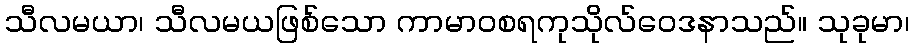
သီလမယာ၊ သီလမယဖြစ်သော ကာမာဝစရကုသိုလ်ဝေဒနာသည်။ သုခုမာ၊